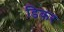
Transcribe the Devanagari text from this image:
डिकर